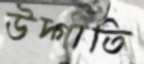
উদ্গীতি